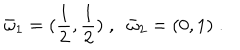
{ \bar { \omega } } _ { 1 } = ( \frac 1 { 2 } , \frac 1 { 2 } ) \; , \; \; { \bar { \omega } } _ { 2 } = ( 0 , 1 ) \; .